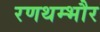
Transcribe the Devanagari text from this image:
रणथम्‍भौर